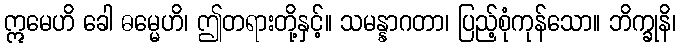
ဣမေဟိ ခေါ ဓမ္မေဟိ၊ ဤတရားတို့နှင့်။ သမန္နာဂတာ၊ ပြည့်စုံကုန်သော။ ဘိက္ခုနိ၊